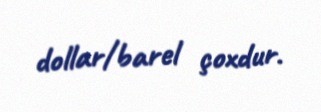
dollar/barel çoxdur.